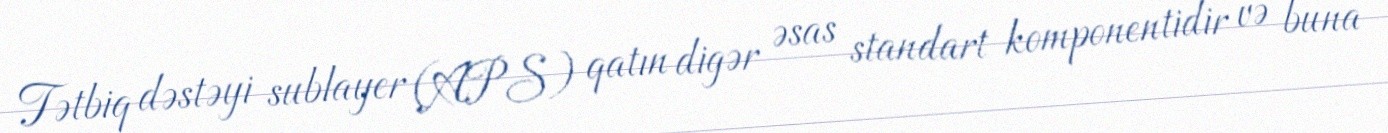
Tətbiq dəstəyi sublayer (APS) qatın digər əsas standart komponentidir və buna